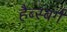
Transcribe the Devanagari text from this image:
हैब्स्बर्ग